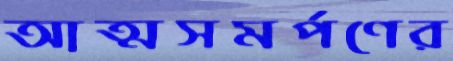
আত্মসমর্পণের